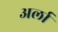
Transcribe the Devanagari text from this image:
अर्ला